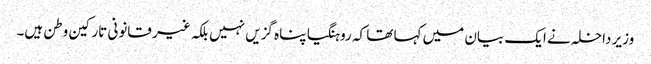
وزیر داخلہ نے ایک بیان میں کہا تھا کہ روہنگیا پناہ گزیں نہیں بلکہ غیر قانونی تارکین وطن ہیں۔